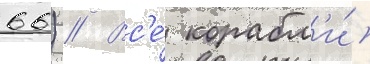
66) // Вс'е́ корабл'и́